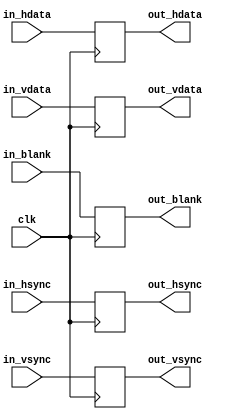
`timescale 1ns / 1ps
//////////////////////////////////////////////////////////////////////////////////
//////////////////////////////////////////////////////////////////////////////////
module vga_buffer #(parameter WIDTH = 0)(
  input wire clk,
  input wire in_hsync,
  input wire in_vsync,
  input wire [WIDTH-1:0] in_hdata,
  input wire [WIDTH-1:0] in_vdata,
  input wire in_blank,
  output reg out_hsync,
  output reg out_vsync,
  output reg [WIDTH-1:0] out_hdata,
  output reg [WIDTH-1:0] out_vdata,
  output reg out_blank
);

always @ (posedge clk)
begin
  out_hsync <= in_hsync;
  out_vsync <= in_vsync;
  out_hdata <= in_hdata;
  out_vdata <= in_vdata;
  out_blank <= in_blank;
end

endmodule